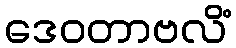
ဒေဝတာဗလိံ